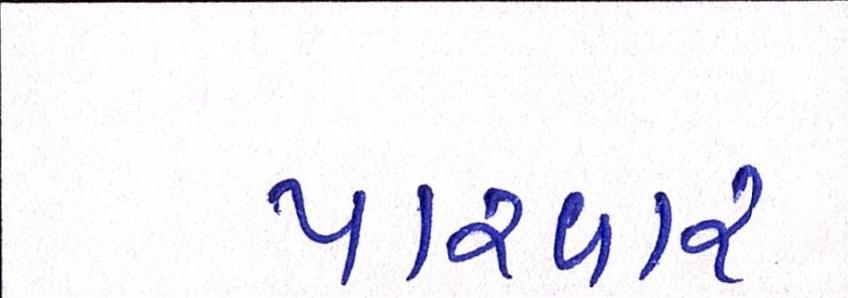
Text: પારવાર